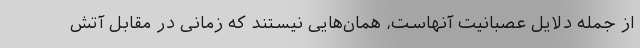
از جمله دلایل عصبانیت آنهاست، همان‌هایی نیستند که زمانی در مقابل آتش